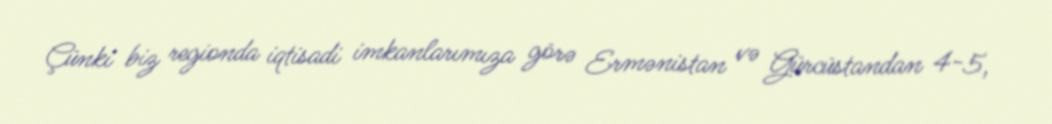
Çünki biz regionda iqtisadi imkanlarımıza görə Ermənistan və Gürcüstandan 4-5,